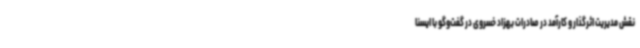
نقش مدیریت اثرگذار و کارآمد در صادرات بهزاد خسروی در گفت‌وگو با ایسنا